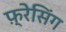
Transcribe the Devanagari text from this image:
फ़्रेसिंग